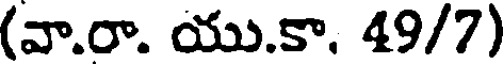
(వా.రా. యు.కా. 49/7)